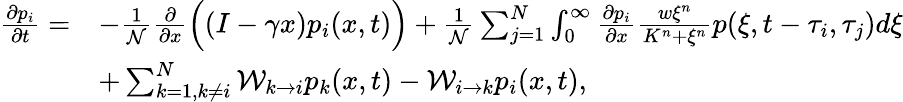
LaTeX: \begin{array}{rl}{\frac{\partial p_{i}}{\partial t}=}&{-\frac{1}{\mathcal{N}}\frac{\partial}{\partial x}\Big((I-\gamma x)p_{i}(x,t)\Big)+\frac{1}{\mathcal{N}}\sum_{j=1}^{N}\int_{0}^{\infty}\frac{\partial p_{i}}{\partial x}\frac{w\xi^{n}}{K^{n}+\xi^{n}}p(\xi,t-\tau_{i},\tau_{j})d\xi}\\ &{+\sum_{k=1,k\neq i}^{N}\mathcal{W}_{k\to i}p_{k}(x,t)-\mathcal{W}_{i\to k}p_{i}(x,t),}\end{array}